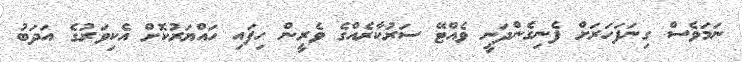
ނަމަވެސް ގިނަފަހަރަށް ފެނިގެންދަނީ ވެއްޓޭ ސަރުކާރެއްގެ ވެރީން ހިފައި ހައްޔަރުކޮށް އެކިވަރުގެ އަދަބު